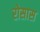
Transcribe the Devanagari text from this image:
रोसास